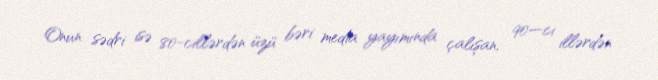
Onun sədri isə 80-cillərdən üzü bəri media yayımında çalışan, 90—cı illərdən